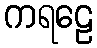
ကရဠေ